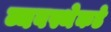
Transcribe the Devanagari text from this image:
व्यवस्थेकडे